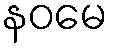
နဝမေ